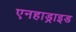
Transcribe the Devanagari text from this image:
एनहाड्राइड